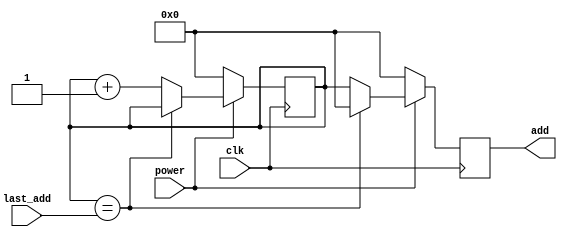
module programme_counter(input clk,
                         input power,
                         input [7:0] last_add, 
                         output reg [7:0] add);
  reg [7:0]a;
  
  always @(negedge clk)begin
    if(power == 0) begin
      add = 0;
      a =0;
    end
    else begin
      if(a==last_add)begin
        add=0;
      end
      else begin
        a<=a+1;
        add <= a;
      end  
    end
  end
endmodule